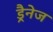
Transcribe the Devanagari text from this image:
ड्रैनेज